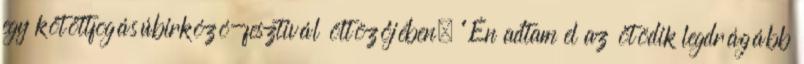
egy kötöttfogásúbirkózó-fesztivál öltözőjében. "Én adtam el az ötödik legdrágább